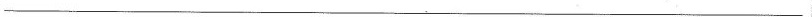
___